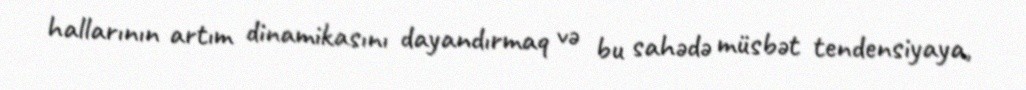
hallarının artım dinamikasını dayandırmaq və bu sahədə müsbət tendensiyaya,